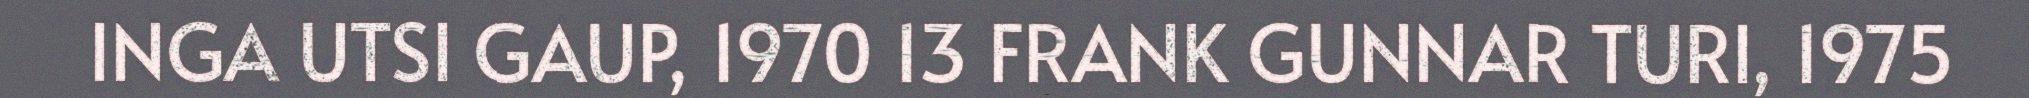
INGA UTSI GAUP, 1970 13 FRANK GUNNAR TURI, 1975